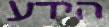
הידע